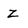
Character: Z